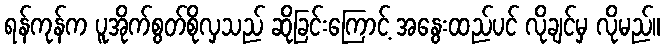
ရန်ကုန်က ပူအိုက်စွတ်စိုလှသည် ဆိုခြင်းကြောင့် အနွေးထည်ပင် လိုချင်မှ လိုမည်။